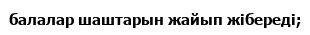
балалар шаштарын жайып жібереді;